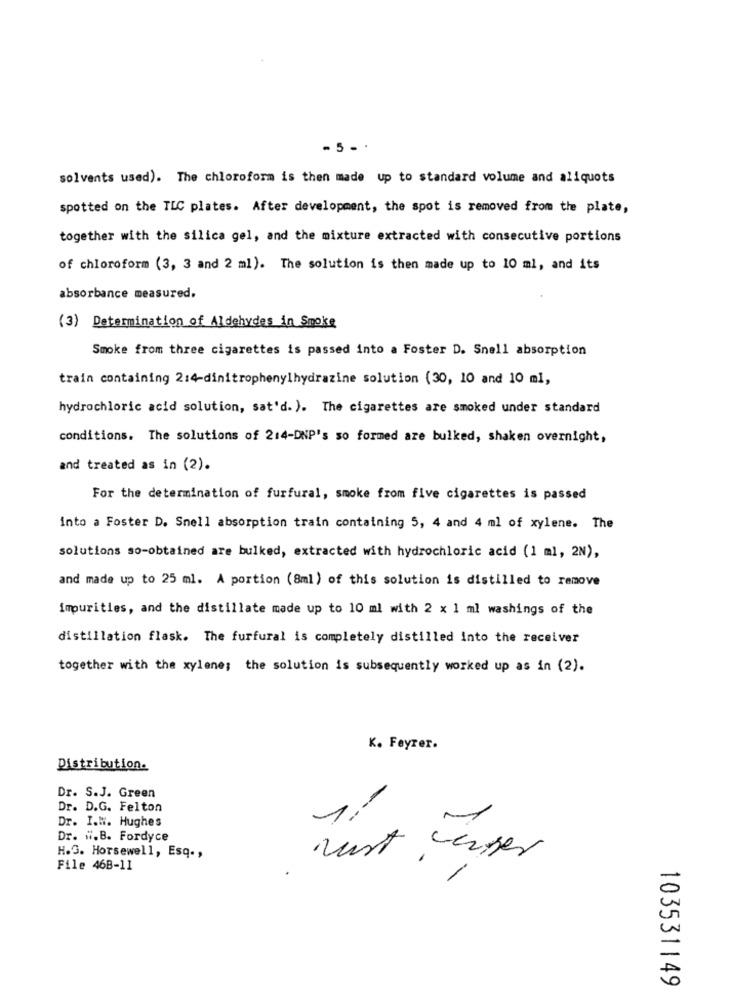
- 5 -.
solvents used). The chloroform is then made up to standard volume and aliquots
spotted on the TLC plates. After development, the spot is removed from the plate,
together with the silica gel, and the mixture extracted with consecutive portions
of chloroform (3, 3 and 2 ml). The solution is then made up to 10 ml, and its
absorbance measured.
(3) Determination of Aldehydes in Smoke
Smoke from three cigarettes is passed into a Foster D. Snell absorption
train containing 2:4-dinitrophenylhydrazine solution (30, 10 and 10 ml,
hydrochloric acid solution, sat'd. ). The cigarettes are smoked under standard
conditions. The solutions of 2:4-DNP's so formed are bulked, shaken overnight,
and treated as in (2).
For the determination of furfural, smoke from five cigarettes is passed
into a Foster D. Snell absorption train containing 5, 4 and 4 ml of xylene. The
solutions so-obtained are bulked, extracted with hydrochloric acid (1 ml, 2N),
and made up to 25 ml. A portion (8ml ) of this solution is distilled to remove
impurities, and the distillate made up to 10 ml with 2 x 1 ml washings of the
distillation flask. The furfural is completely distilled Into the receiver
together with the xylene; the solution is subsequently worked up as in (2).
K. Feyrer.
Distribution.
Dr. S.J. Green
Dr. D.G. Felton
Dr. I.W. Hughes
Dr. ".B. Fordyce
H.G. Horsewell, Esq .,
File 46B-11
must .
int center
1
103531149